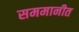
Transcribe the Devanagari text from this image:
सममानीत